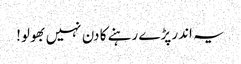
یہ اندر پڑے رہنے کا دن نہیں بھولو!